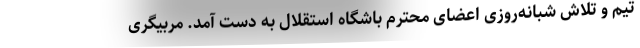
تیم و تلاش شبانه‌روزی اعضای محترم باشگاه استقلال به دست آمد. مربیگری